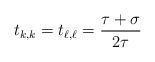
LaTeX: \begin{align*}t_{k,k} = t_{\ell,\ell} = \frac{ \tau + \sigma}{2 \tau} \end{align*}